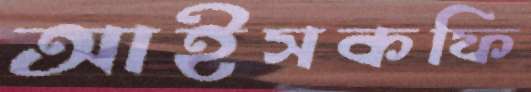
আইসকফি